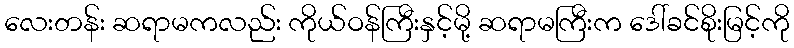
လေးတန်း ဆရာမကလည်း ကိုယ်ဝန်ကြီးနှင့်မို့ ဆရာမကြီးက ဒေါ်ခင်စိုးမြင့်ကို